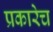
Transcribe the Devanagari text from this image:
प्रकारेच